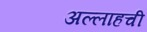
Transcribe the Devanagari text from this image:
अल्लाहची